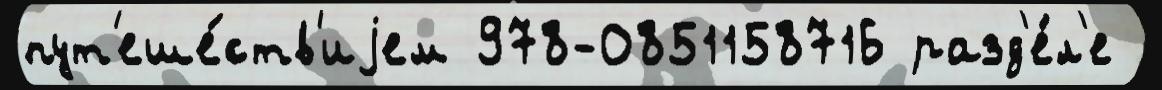
пут'еше́ств'иjем 978-0851158716 разд'е́л'е